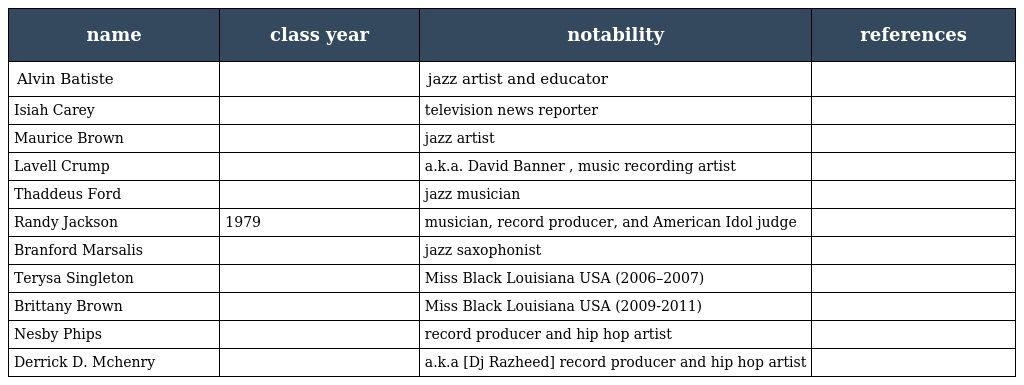
| name | class year | notability | references |
 | --- | --- | --- | --- |
 | Alvin Batiste |  | jazz artist and educator |  |
 | Isiah Carey |  | television news reporter |  |
 | Maurice Brown |  | jazz artist |  |
 | Lavell Crump |  | a.k.a. David Banner , music recording artist |  |
 | Thaddeus Ford |  | jazz musician |  |
 | Randy Jackson | 1979 | musician, record producer, and American Idol judge |  |
 | Branford Marsalis |  | jazz saxophonist |  |
 | Terysa Singleton |  | Miss Black Louisiana USA (2006–2007) |  |
 | Brittany Brown |  | Miss Black Louisiana USA (2009-2011) |  |
 | Nesby Phips |  | record producer and hip hop artist |  |
 | Derrick D. Mchenry |  | a.k.a [Dj Razheed] record producer and hip hop artist |  |